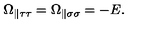
\Omega _ { \parallel \tau \tau } = \Omega _ { \parallel \sigma \sigma } = - E .